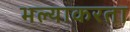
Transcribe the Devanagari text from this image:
भल्याकरता